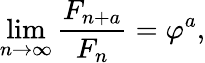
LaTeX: \operatorname*{lim}_{n\to\infty}{\frac{F_{n+a}}{F_{n}}}=\varphi^{a},